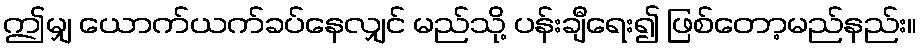
ဤမျှ ယောက်ယက်ခပ်နေလျှင် မည်သို့ ပန်းချီရေး၍ ဖြစ်တော့မည်နည်း။